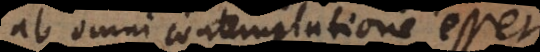
ab omni contemplatione esset